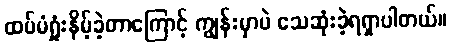
ထပ်မံရှုံးနိမ့်ခဲ့တာကြောင့် ကျွန်းမှာပဲ သေဆုံးခဲ့ရရှာပါတယ်။